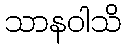
သာနဝါသိ